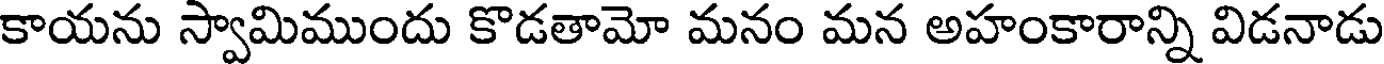
కాయను స్వామిముందు కొడతామో మనం మన అహంకారాన్ని విడనాడు